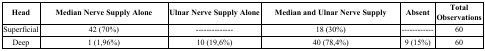
<table><thead><tr><td><b>Head</b></td><td><b>Median Nerve Supply Alone</b></td><td><b>Ulnar Nerve Supply Alone</b></td><td><b>Median and Ulnar Nerve Supply</b></td><td><b>Absent</b></td><td><b>TotalObservations</b></td></tr></thead><tbody><tr><td>Superficial</td><td>42 (70%)</td><td>--------------</td><td>18 (30%)</td><td>------------</td><td>60</td></tr><tr><td>Deep</td><td>1 (1,96%)</td><td>10 (19,6%)</td><td>40 (78,4%)</td><td>9 (15%)</td><td>60</td></tr></tbody></table>